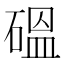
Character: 𥔋